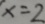
y = 0